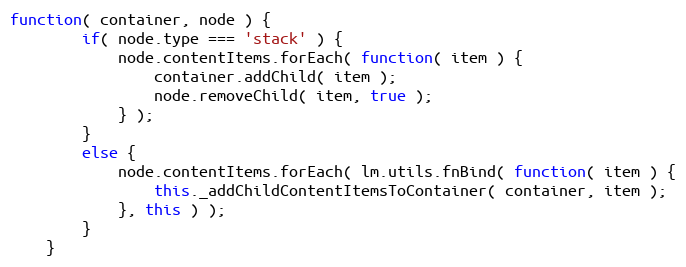
Language: JavaScript
function( container, node ) {
		if( node.type === 'stack' ) {
			node.contentItems.forEach( function( item ) {
				container.addChild( item );
				node.removeChild( item, true );
			} );
		}
		else {
			node.contentItems.forEach( lm.utils.fnBind( function( item ) {
				this._addChildContentItemsToContainer( container, item );
			}, this ) );
		}
	}